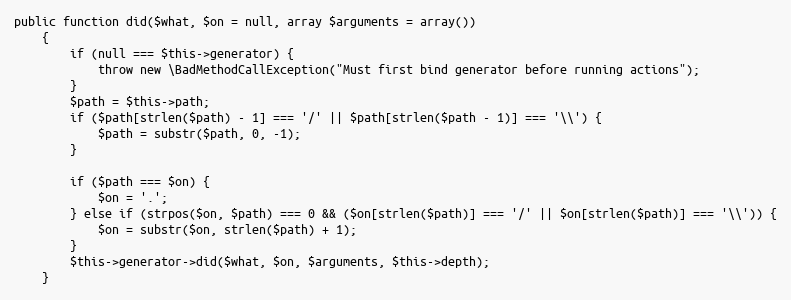
Language: PHP
public function did($what, $on = null, array $arguments = array())
    {
        if (null === $this->generator) {
            throw new \BadMethodCallException("Must first bind generator before running actions");
        }
        $path = $this->path;
        if ($path[strlen($path) - 1] === '/' || $path[strlen($path - 1)] === '\\') {
            $path = substr($path, 0, -1);
        }

        if ($path === $on) {
            $on = '.';
        } else if (strpos($on, $path) === 0 && ($on[strlen($path)] === '/' || $on[strlen($path)] === '\\')) {
            $on = substr($on, strlen($path) + 1);
        }
        $this->generator->did($what, $on, $arguments, $this->depth);
    }